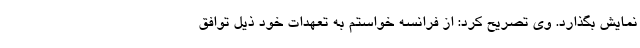
نمایش بگذارد. وی تصریح کرد: از فرانسه خواستم به تعهدات خود ذیل توافق